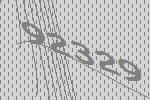
92329